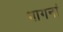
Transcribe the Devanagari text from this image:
भागनां